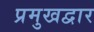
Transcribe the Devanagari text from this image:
प्रमुखद्वार